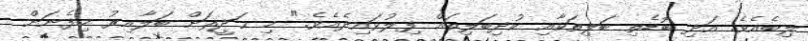
ލިބެއެވެ. އަދި ބޮޑެތި ބަލިތަކާއި ކުދިބަލިތައް ފިލުވައިދެއެވެ." މި ޙަދީޘަށް ބަލާއިރު މިފެނަށް